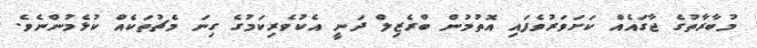
މުބާރާތުގެ ޖާގައެއް ކަށަވަރުވެފައި އޮތުމުން ބްރެޒިލް ދަނީ އެކުވެރިކަމުގެ ގިނަ މެޗުތަކެއް ކުޅެމުންނެވެ.